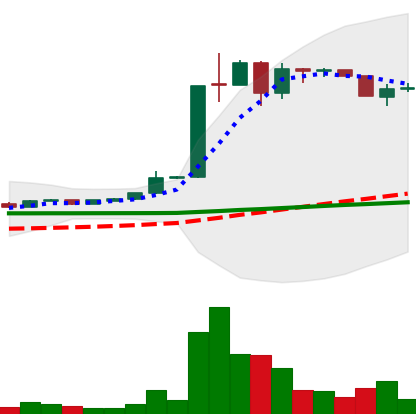
Ticker: LTC-USD
Chart end date: 2015-06-26
Forward return: 37.201%
Label: up_7plus